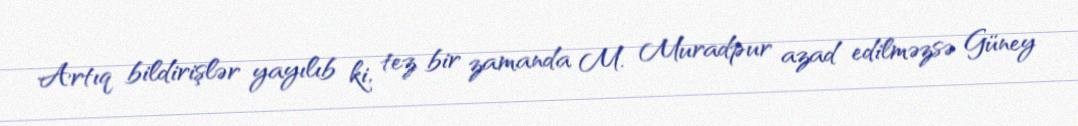
Artıq bildirişlər yayılıb ki, tez bir zamanda M. Muradpur azad edilməzsə Güney